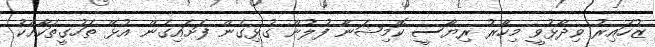
ޒުހައިރު ވިދާޅުވީ މިހާރު ރިޔާސީ ކޮމިޝަނާ ފުލުން ގުޅިގެން ފަށައިގެން އުޅޭ ތަހުގީތަކާއެކު